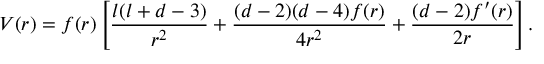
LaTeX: V ( r ) = f ( r ) \left[ \frac { l ( l + d - 3 ) } { r ^ { 2 } } + \frac { ( d - 2 ) ( d - 4 ) f ( r ) } { 4 r ^ { 2 } } + \frac { ( d - 2 ) f ^ { \prime } ( r ) } { 2 r } \right] .